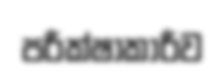
පරීක්ෂාකාරීව